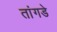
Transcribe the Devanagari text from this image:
तांगडे